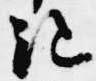
絶